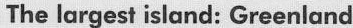
The largest island: Greenland